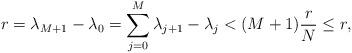
LaTeX: \begin{align*} r = \lambda_{M+1} - \lambda_0 = \sum_{j=0}^M \lambda_{j+1}-\lambda_j < (M+1)\frac{r}{N} \le r,\end{align*}